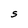
Character: S